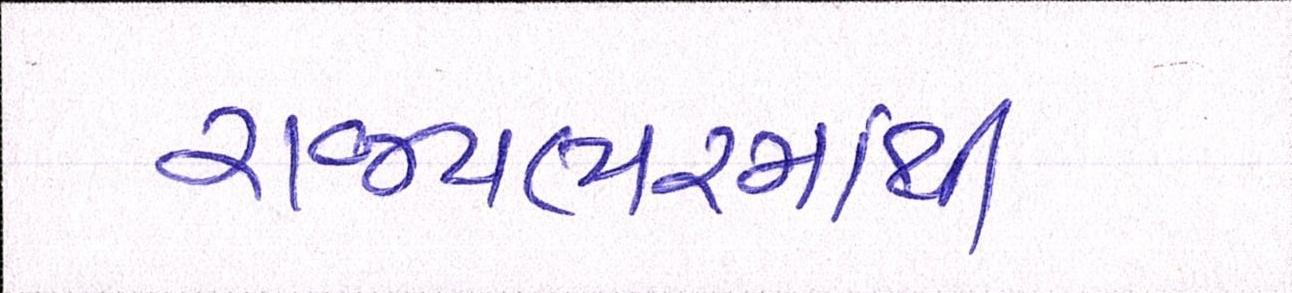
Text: રાજયભરમાંથી